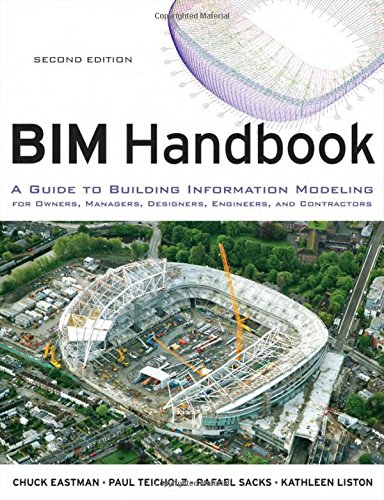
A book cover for BIM Handbook: A Guide to Building Information Modeling for Owners, Managers, Designers, Engineers and Contractors; Chuck Eastman; Business & Money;